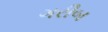
ગરીબ